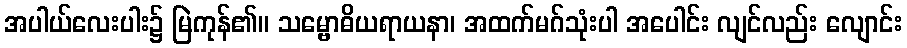
အပါယ်လေးပါး၌ မြဲကုန်၏။ သမ္ဗောဓိယရာယနာ၊ အထက်မဂ်သုံးပါ အပေါင်း လျင်လည်း လျောင်း